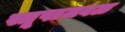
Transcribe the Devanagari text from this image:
स्तूपाजवळ